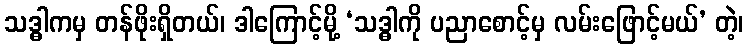
သဒ္ဓါကမှ တန်ဖိုးရှိတယ်၊ ဒါကြောင့်မို့ ‘သဒ္ဓါကို ပညာစောင့်မှ လမ်းဖြောင့်မယ်’ တဲ့၊